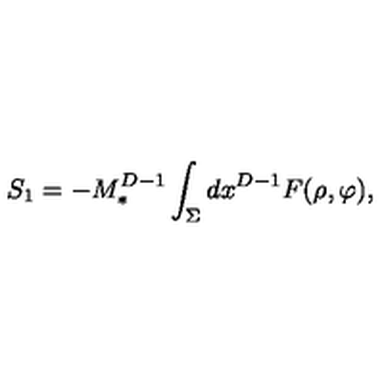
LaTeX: S _ { 1 } = - M _ { * } ^ { D - 1 } \int _ { \Sigma } d x ^ { D - 1 } F ( \rho , \varphi ) ,